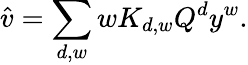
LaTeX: \hat{v}=\sum_{d,w}wK_{d,w}Q^{d}y^{w}.